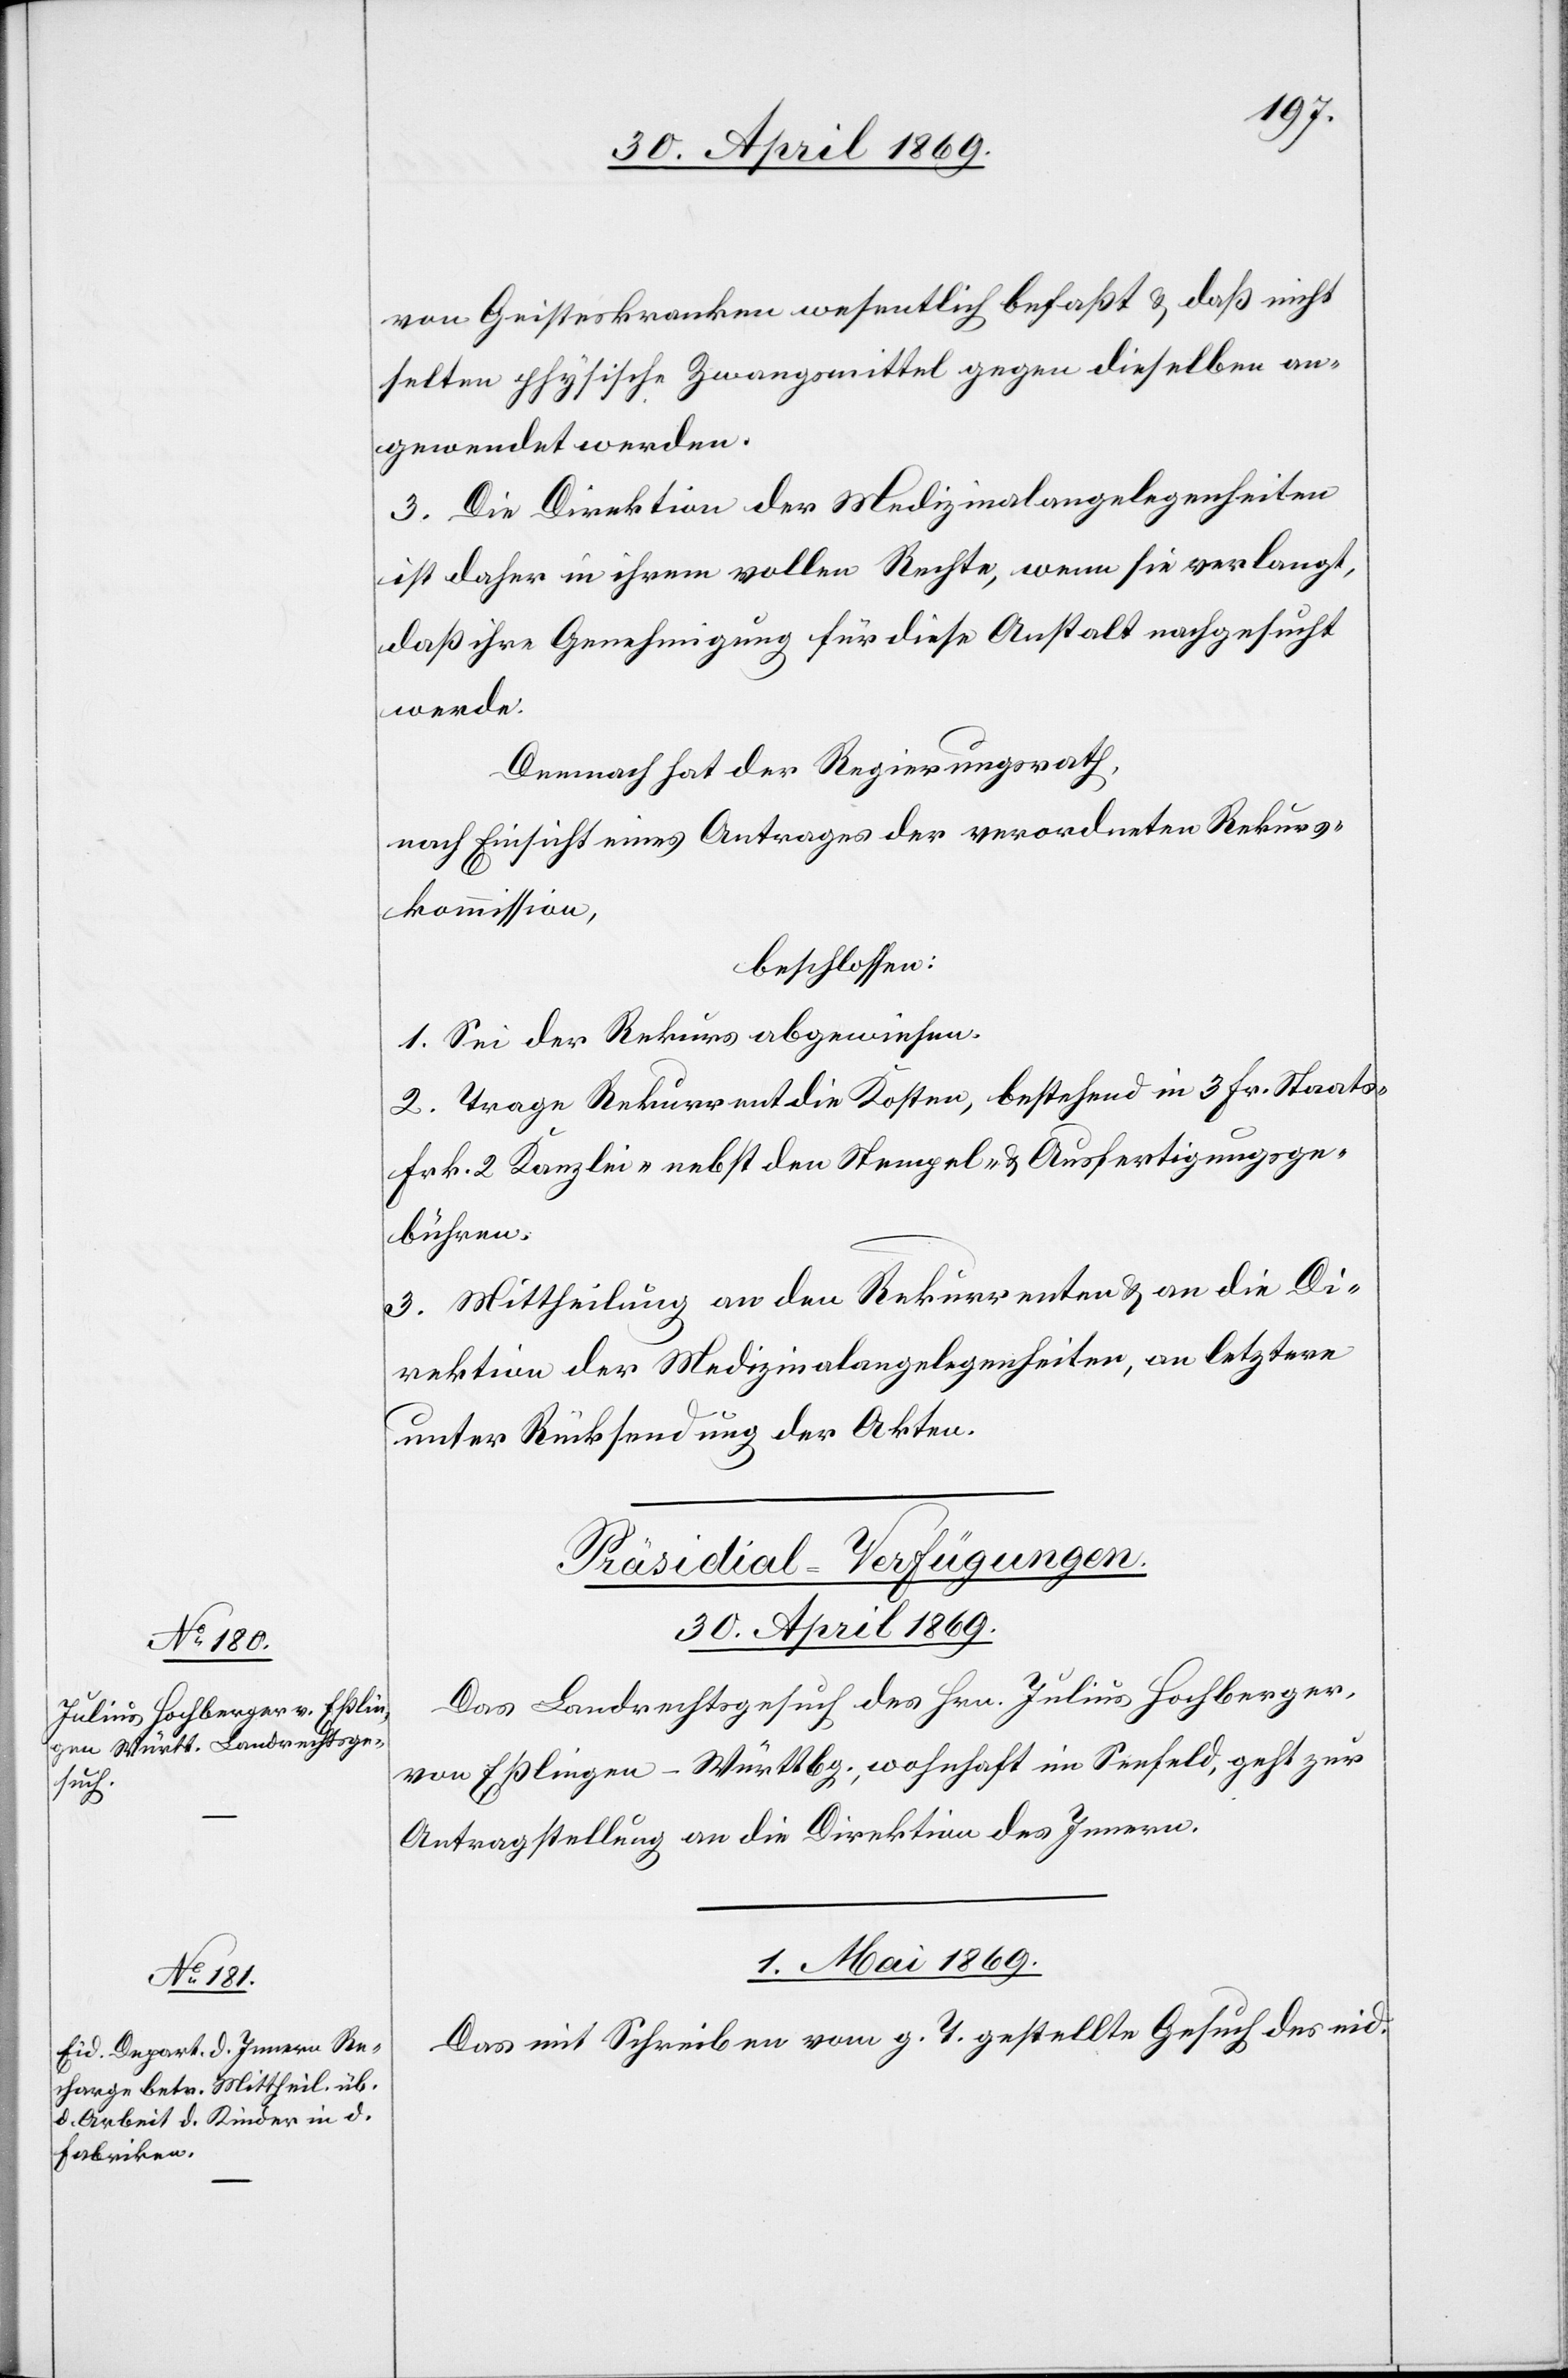
von Geisteskranken wesentlich befaßt u. daß nicht
selten physische Zwangsmittel gegen dieselben an¬
gewendet werden.
3. Die Direktion der Medizinalangelegenheiten
ist daher in ihrem vollen Rechte, wenn sie verlangt,
daß ihre Genehmigung für diese Anstalt nachgesucht
werde.
Demnach hat der Regierungsrath
nach Einsicht eines Antrages der verordneten Rekurs¬
kommission,
beschlossen:
1. Sei der Rekurs abgewiesen.
2. Trage Rekurrent die Kosten, bestehend in 3 Fr. Staats-
Frk. 2 Kanzlei- nebst den Stempel- u. Ausfertigungsge¬
bühren.
3. Mittheilung an den Rekurrenten u. an die Di¬
rektion der Medizinalangelegenheiten, an letztern
unter Rücksendung der Akten.
[Präsidial-Verfügungen.]
30. April 1869.
Das Landrechtsgesuch des Hrn. Julius Hochberger,
von Eßlingen - Württbg., wohnhaft im Seefeld, geht zur
Antragstellung an die Direktion des Innern.
1. Mai 1869.
Das mit Schreiben vom g. T. gestellte Gesuch des eid.